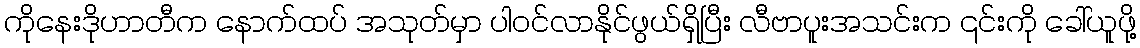
ကိုနေးဒိုဟာတီက နောက်ထပ် အသုတ်မှာ ပါဝင်လာနိုင်ဖွယ်ရှိပြီး လီဗာပူးအသင်းက ၎င်းကို ခေါ်ယူဖို့